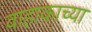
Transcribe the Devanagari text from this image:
वाहाकाच्या